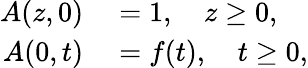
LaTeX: \begin{array}{rl}{A(z,0)}&{{}=1,\quad z\geq 0,}\\ {A(0,t)}&{{}=f(t),\quad t\geq 0,}\end{array}